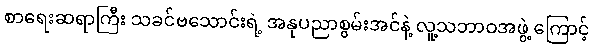
စာရေးဆရာကြီး သခင်ဗသောင်းရဲ့ အနုပညာစွမ်းအင်နဲ့ လူ့သဘာဝအဖွဲ့ ကြောင့်